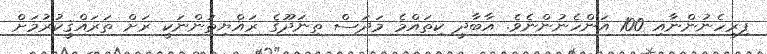
ފިރިހެނުންނާއި 100 އަންހެނުންނެވެ. އާބާދީ ކިތައްމެ މަދަސް ތިނަދޫގެ ރައްޔިތުންނަކީ ރަށް ތަރައްޤީކުރުމަށް